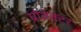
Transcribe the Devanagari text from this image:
प्रोजेक्‍टर